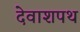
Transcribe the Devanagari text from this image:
देवाशपथ